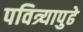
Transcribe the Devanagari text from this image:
पवित्र्यापुढे